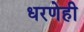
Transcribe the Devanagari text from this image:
धरणेही